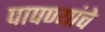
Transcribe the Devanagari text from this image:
पापण्यांचे